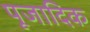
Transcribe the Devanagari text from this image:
पूजादिक